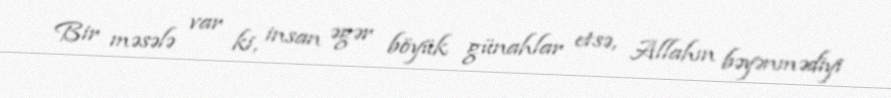
Bir məsələ var ki, insan əgər böyük günahlar etsə, Allahın bəyənmədiyi